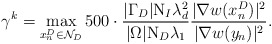
\begin{align*} \gamma^k = \max_{x_n^D \in \mathcal{N}_D} 500 \cdot \frac{|\Gamma_D|\mathrm{N}_I \lambda_d^2}{|\Omega|\mathrm{N}_D\lambda_1}\frac{|\nabla w(x_n^D)|^2 }{|\nabla w(y_n)|^2 }.\end{align*}